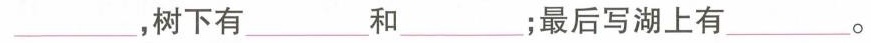
___，树下有___和___；最后写湖上有___。